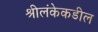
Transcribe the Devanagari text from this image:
श्रीलंकेकडील